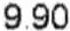
9.90